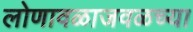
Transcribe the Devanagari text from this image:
लोणावळाजवळच्या